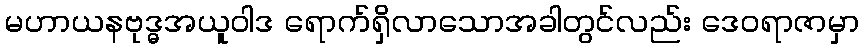
မဟာယနဗုဒ္ဓအယူဝါဒ ရောက်ရှိလာသောအခါတွင်လည်း ဒေဝရာဇာမှာ